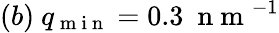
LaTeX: (b)\ q_{\mathrm{~m~i~n~}}=0.3\ \mathrm{~n~m~}^{-1}